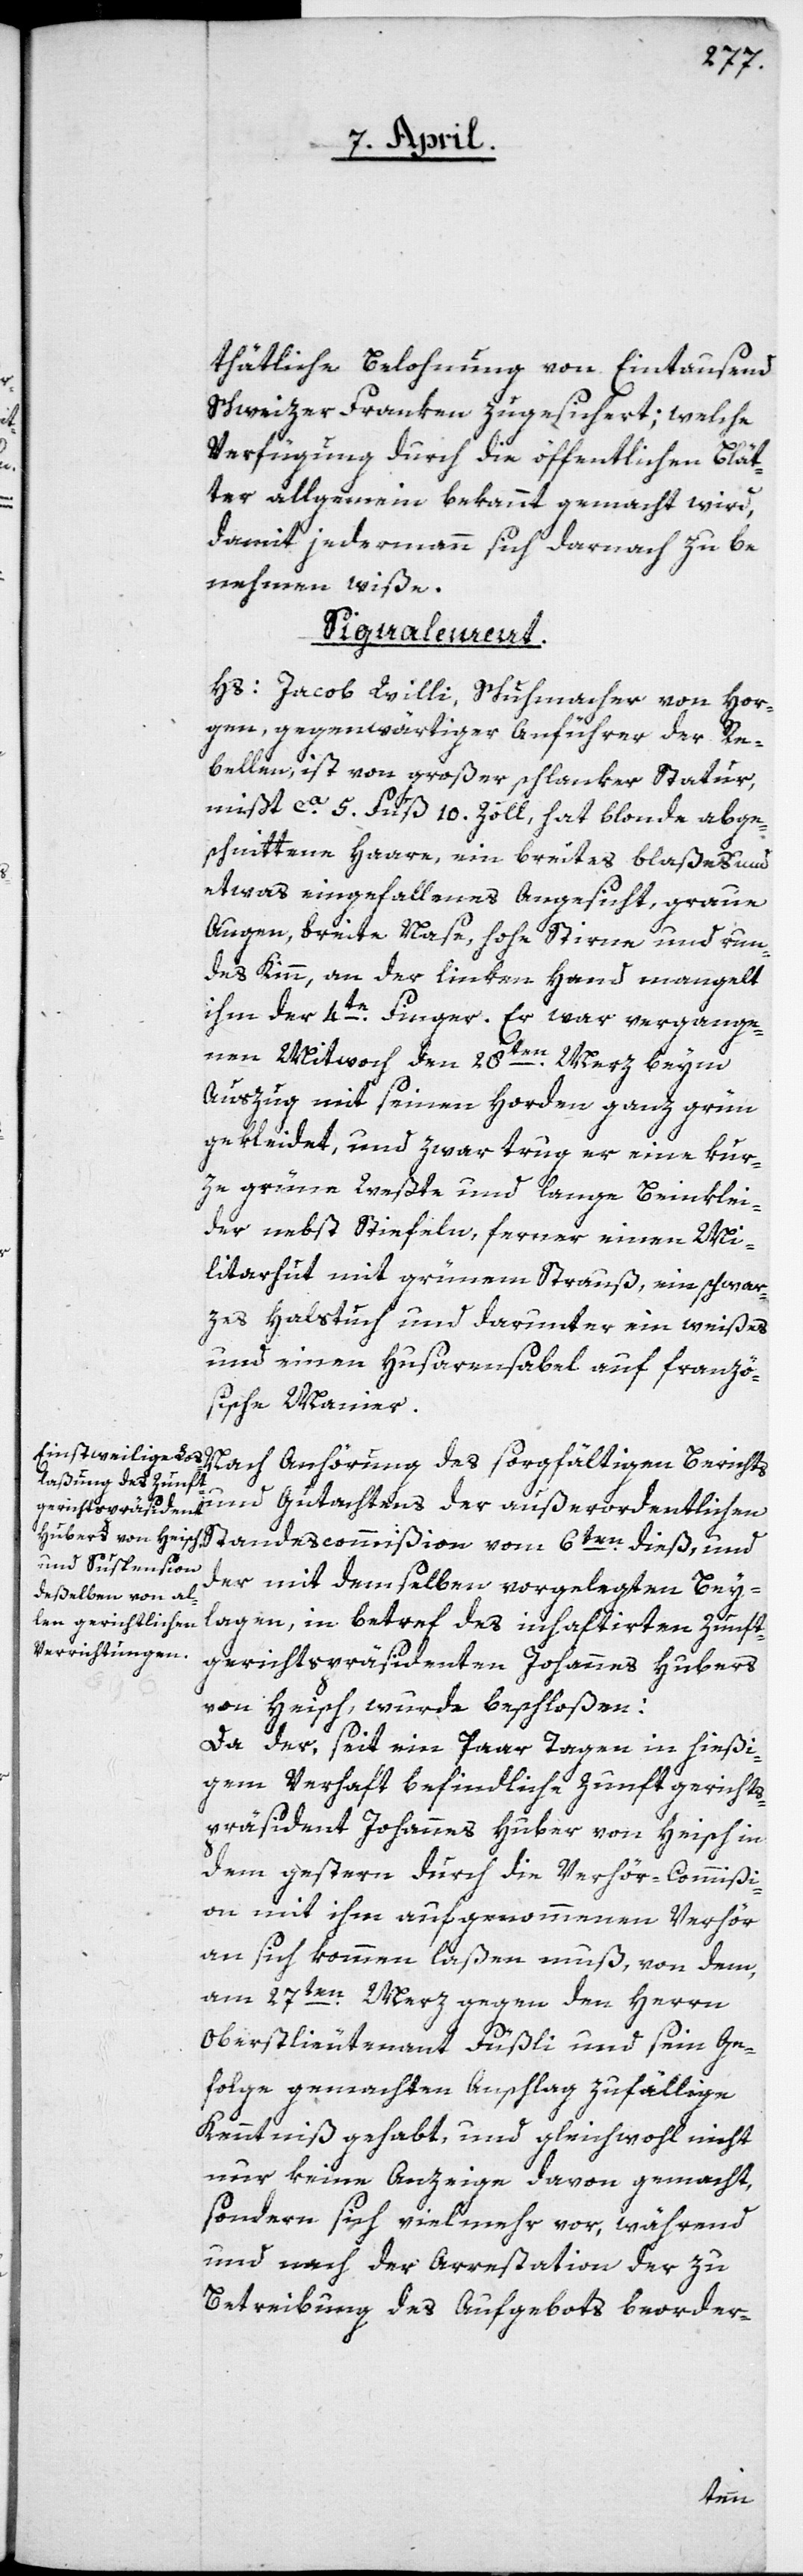
thätliche Belohnung von Eintausend
Schweizer Franken zugesichert; welche
Verfügung durch die öffentlichen Blät¬
ter allgemein bekannt gemacht wird,
damit jedermann sich darnach zu be¬
nehmen wiße.
Signalement.
Hs: Jacob Willi, Schuhmacher von Hor¬
gen, gegenwärtiger Anführer der Re¬
bellen, ist von großer schlanker Natur,
mißt ca. 5 Fuß 10 Zoll, hat blonde abge¬
schnittene Haare, ein breites blaßes und
etwas eingefallenes Angesicht, graue
Augen, breite Nase, hohe Stirne und run¬
des Kinn, an der linken Hand mangelt
ihm der 4te Finger. Er war vergange¬
nen Mittwoch den 28ten Merz beym
Auszug mit seinen Horden ganz grün
gekleidet, und zwar trug er eine kur¬
ze grüne Weste und lange Beinklei¬
der nebst Stiefeln, ferner einen Mi¬
litarhut mit grünem Strauß, ein schwar¬
zes Halstuch und darunter ein weißes
und einen Husarensabel auf franzö¬
sische Manier.
Nach Anhörung des sorgfältigen Berichts
der mit demselben vorgelegten Bey¬
lagen, in Betref des inhaftirten Zunft¬
gerichtspräsidenten Johannes Hubers
von Heisch, wurde beschloßen:
Da der, seit ein Paar Tagen in hießi¬
gem Verhaft befindliche Zunftgerichts¬
präsident Johannes Huber von Heisch in
dem gestern durch die Verhör-Commißi¬
on mit ihm aufgenommenen Verhör
an sich kommen laßen muß, von dem,
am 27ten Merz gegen den Herrn
Oberstlieutenant Füßli und sein Ge¬
folge gemachten Anschlag zufällige
Kenntniß gehabt, und gleichwohl nicht
nur keine Anzeige davon gemacht,
sondern sich vielmehr vor, während
und nach der Arrestation der zu
Betreibung des Aufgebots beorder-
6ten